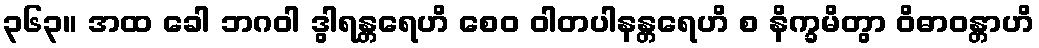
၃၆၃။ အထ ခေါ ဘဂဝါ ဒွါရန္တရေဟိ စေဝ ဝါတပါနန္တရေဟိ စ နိက္ခမိတွာ ဝိဓာဝန္တာဟိ